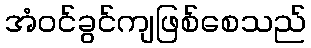
အံဝင်ခွင်ကျဖြစ်စေသည်